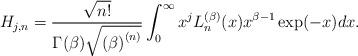
LaTeX: \begin{align*}H_{j,n}=\frac{\sqrt{n!}}{\Gamma (\beta )\sqrt{\left( \beta \right) ^{\left(n\right) }}}\int_{0}^{\infty }x^{j}L_{n}^{(\beta )}(x)x^{\beta -1}\exp(-x)dx. \end{align*}